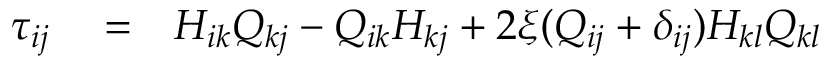
\begin{array} { r l r } { \tau _ { i j } } & { { } = } & { H _ { i k } Q _ { k j } - Q _ { i k } H _ { k j } + 2 \xi ( Q _ { i j } + \delta _ { i j } ) H _ { k l } Q _ { k l } } \end{array}